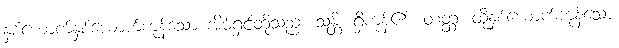
နှစ်ယောက်နှစ်ယောက်ကုန်သော အိမ်ရှင်တို့သည်။ သန္တိ၊ ရှိကုန်၏။ တတ္ထ၊ ထိုနှစ်ယောက်ကုန်သော